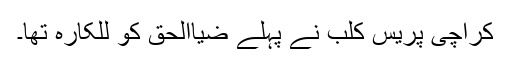
کراچی پریس کلب نے پہلے ضیاالحق کو للکارہ تھا۔